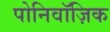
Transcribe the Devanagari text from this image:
पोनिवॉज़िक